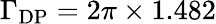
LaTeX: \Gamma_{\mathrm{DP}}=2\pi\times 1.482